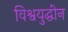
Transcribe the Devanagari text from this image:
विश्वयुद्धीन